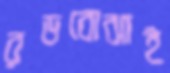
রডবোঝাই